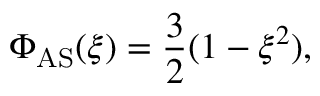
\Phi _ { \mathrm { A S } } ( \xi ) = \frac { 3 } { 2 } ( 1 - \xi ^ { 2 } ) ,